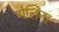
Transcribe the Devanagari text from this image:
गेलिना